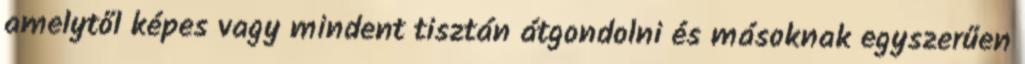
amelytől képes vagy mindent tisztán átgondolni és másoknak egyszerűen